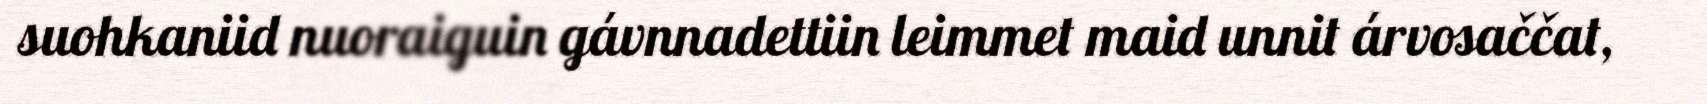
suohkaniid nuoraiguin gávnnadettiin leimmet maid unnit árvosaččat,